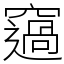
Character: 䆼